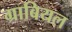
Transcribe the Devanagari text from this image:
ग्राबियल